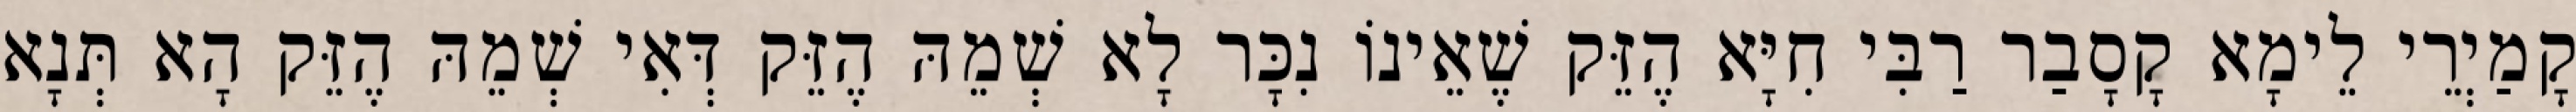
קָמַיְרֵי לֵימָא קָסָבַר רַבִּי חִיָּא הֶזֵּק שֶׁאֵינוֹ נִכָּר לָא שְׁמֵהּ הֶזֵּק דְּאִי שְׁמֵהּ הֶזֵּק הָא תְּנָא